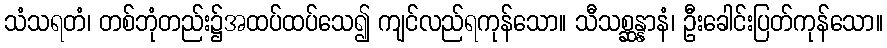
သံသရတံ၊ တစ်ဘုံတည်း၌အထပ်ထပ်သေ၍ ကျင်လည်ရကုန်သော။ သီသစ္ဆန္နာနံ၊ ဦးခေါင်းပြတ်ကုန်သော။